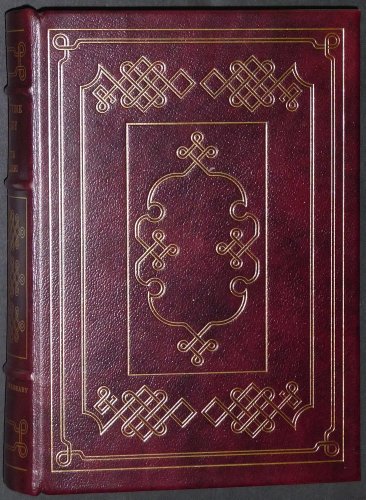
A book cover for Divine Comedy; Dante and John Ciardi (trans) Alighieri; Engineering & Transportation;